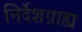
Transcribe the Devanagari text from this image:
निर्देशग्राह्य